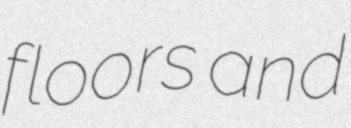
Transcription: floors and